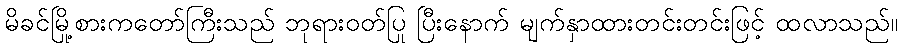
မိခင်မြို့စားကတော်ကြီးသည် ဘုရားဝတ်ပြု ပြီးနောက် မျက်နှာထားတင်းတင်းဖြင့် ထလာသည်။